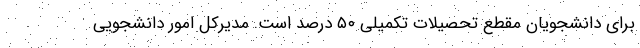
برای دانشجویان مقطع تحصیلات تکمیلی ۵۰ درصد است. مدیرکل امور دانشجویی